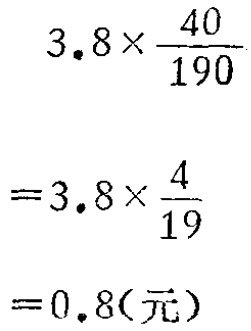
\[

\begin{align*}

&3.8\times\frac{40}{190}\\

=&3.8\times\frac{4}{19}\\

=&0.8(元)

\end{align*}

\]